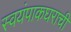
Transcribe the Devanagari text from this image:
स्वयंपाकघराची